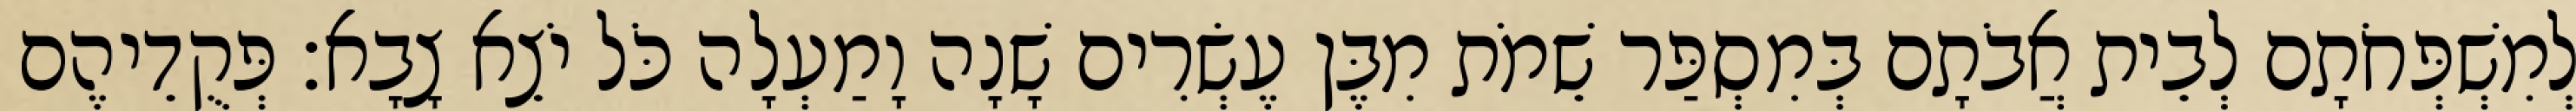
לְמִשְׁפְּחֹתָם לְבֵית אֲבֹתָם בְּמִסְפַּר שֵׁמֹת מִבֶּן עֶשְׂרִים שָׁנָה וָמַעְלָה כֹּל יֹצֵא צָבָא׃ פְּקֻדֵיהֶם